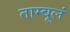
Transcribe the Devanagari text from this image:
ताम्बूलं